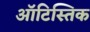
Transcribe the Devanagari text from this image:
ऑटिस्तिक